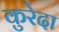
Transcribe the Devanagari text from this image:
कुरेदा